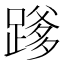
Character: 𮜄